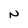
Character: N